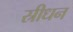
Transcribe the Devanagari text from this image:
स्रीधन